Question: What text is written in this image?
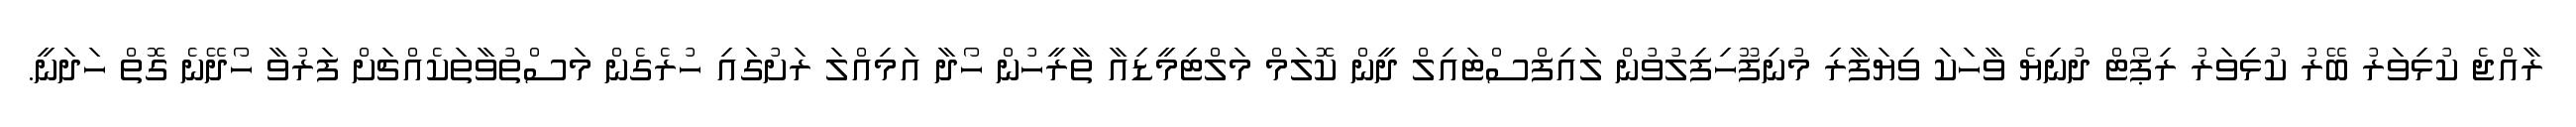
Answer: ރާއްޖެ ކުޅިވަރު ބޭރު ކުޅިވަރު ރިޕޯޓް ދުނިޔެ ވާހަކަ ވިޔަފާރި މުނިފޫހިފިލުވުން ލައިފްސްޓައިލް ދީން ކޮލަމް މަލްޓިމީޑިއާ ތާރީހުން ހޯދާ އަމިއްލަ ރަށުގައި ހުރެގެން މަސްތުވާތަކެއްޗަށް ފަރުވާ ހޯދޭނެ ގޮތް ހަދަނީ.